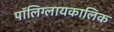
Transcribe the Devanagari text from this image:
पॉलिग्लायकालिक